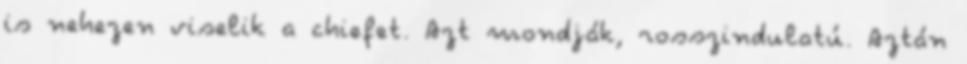
is nehezen viselik a chiefet. Azt mondják, rosszindulatú. Aztán